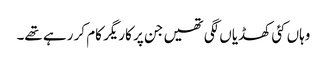
وہاں کئی کھڈیاں لگی تھیں جن پر کاریگر کام کر رہے تھے۔